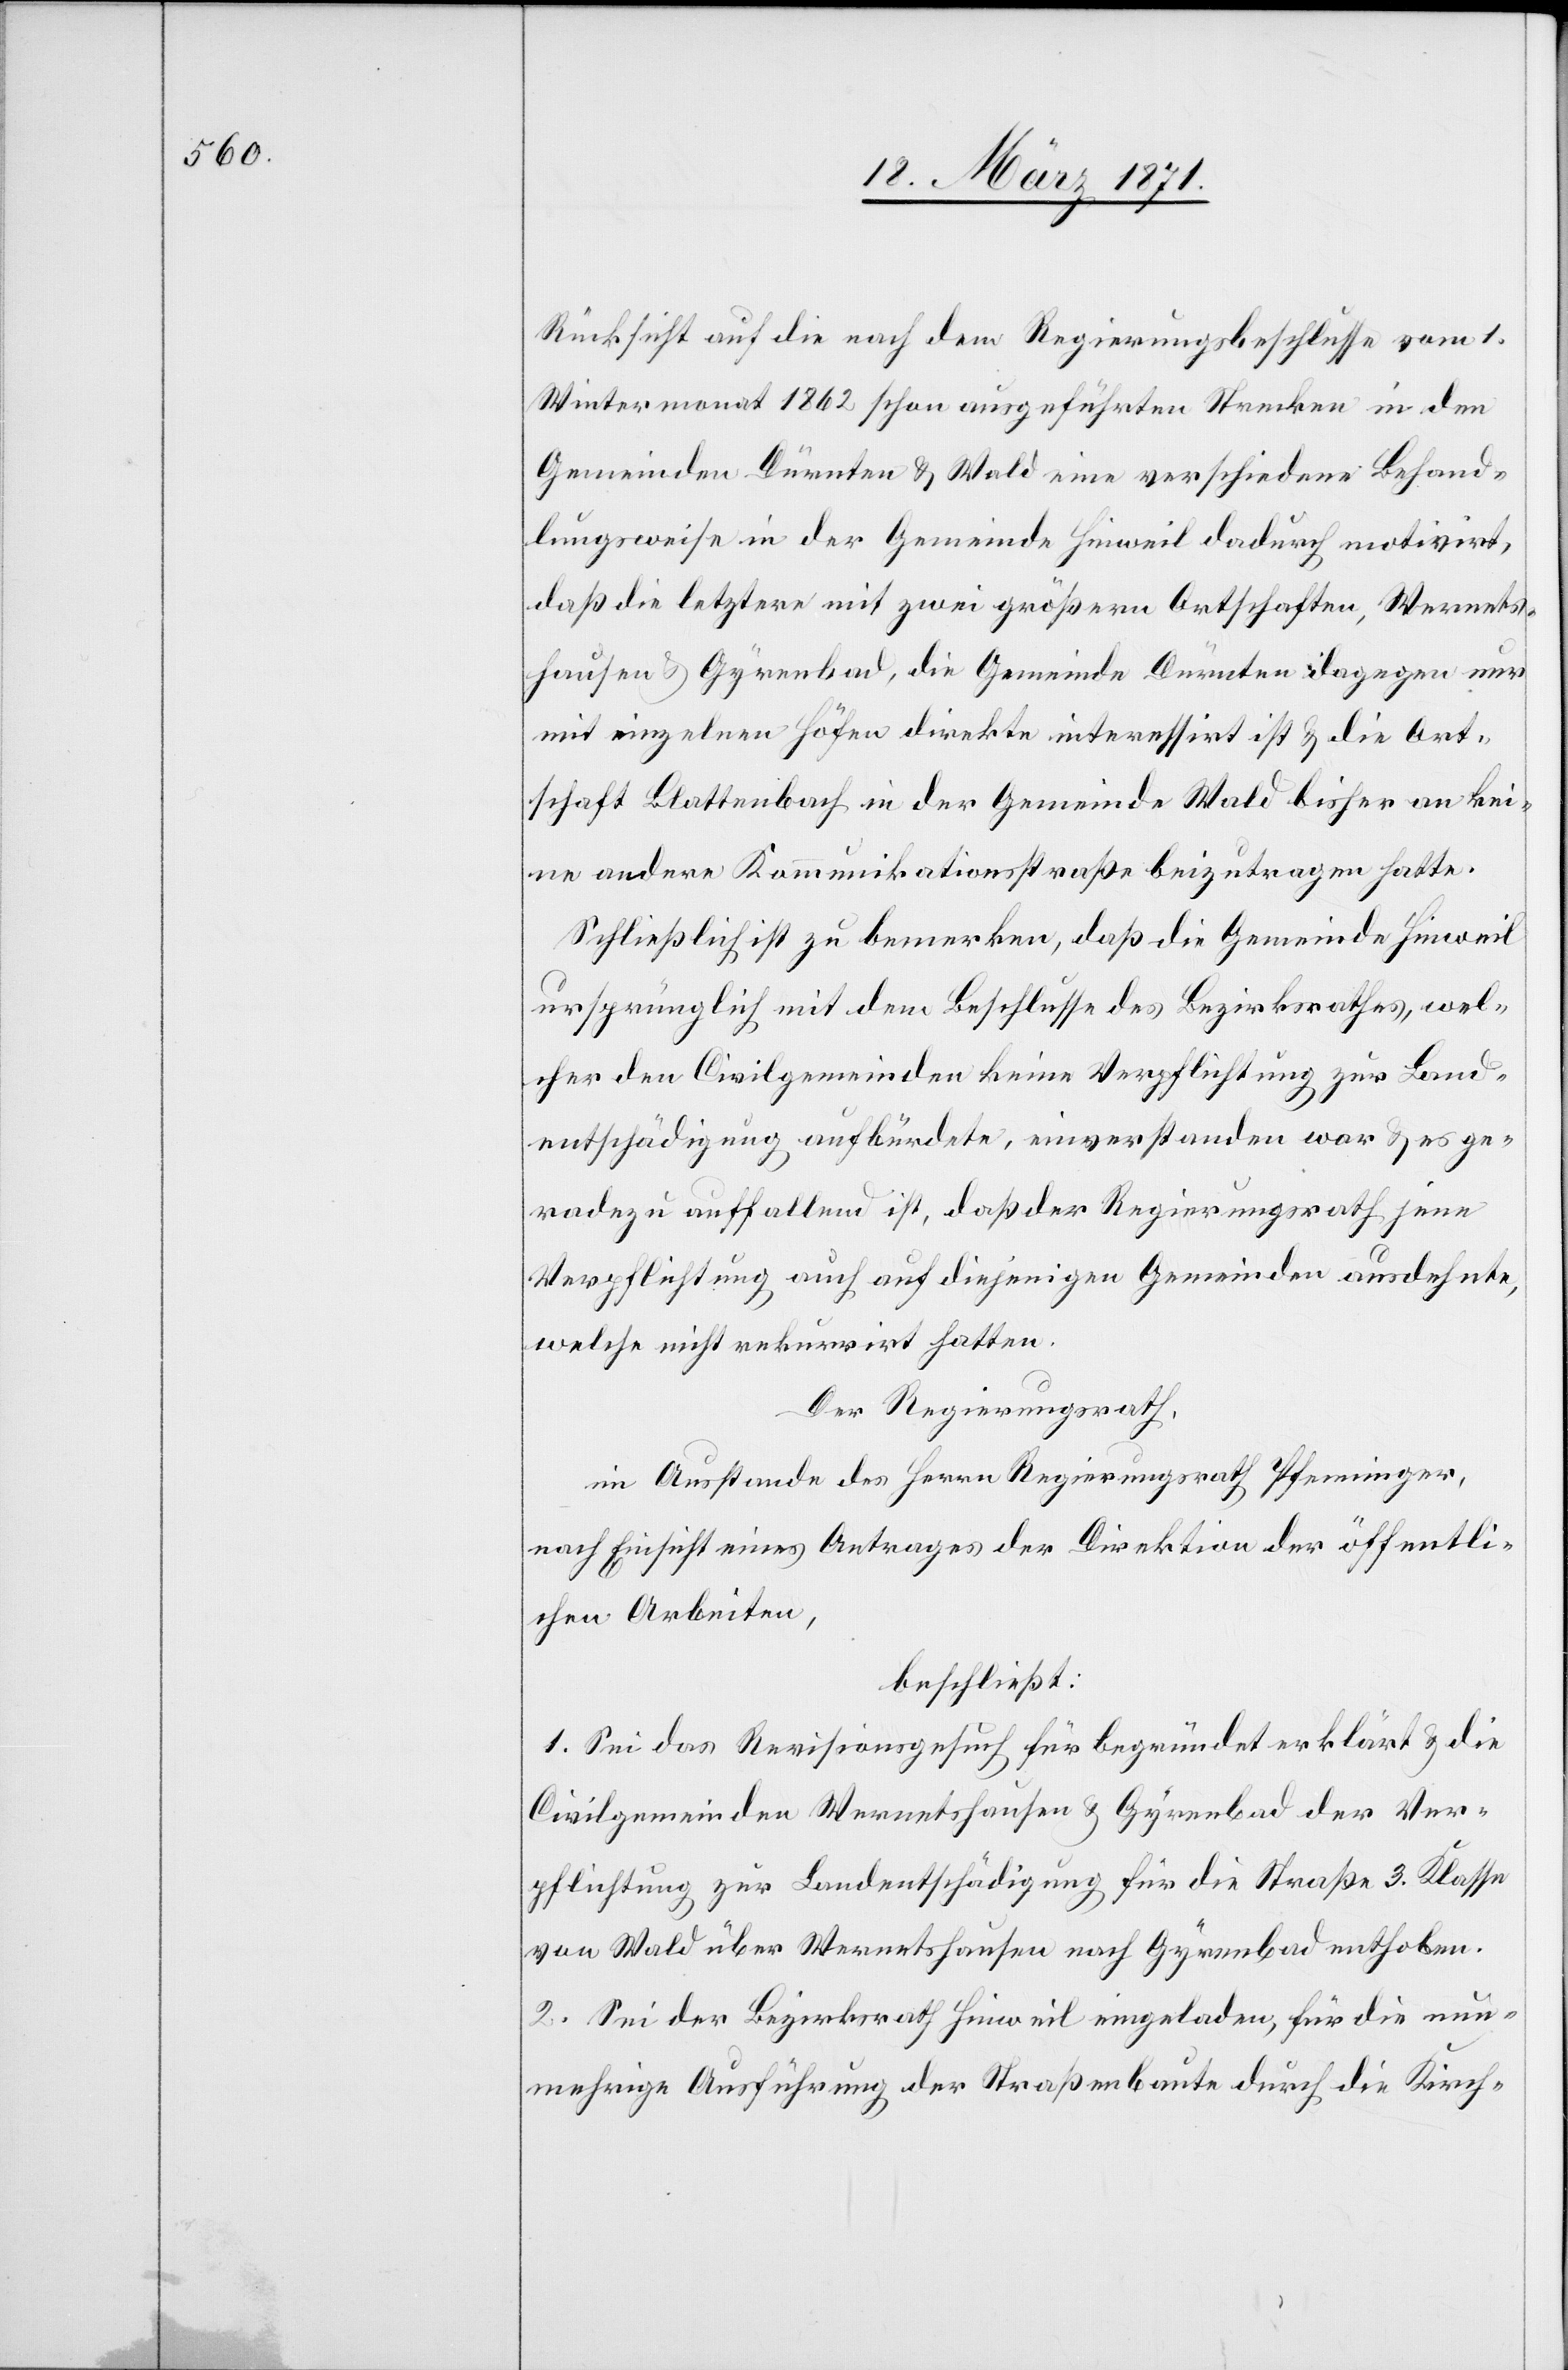
Rücksicht auf die nach dem Regierungsbeschlusse vom 1.
Wintermonat 1862 schon ausgeführten Strecken in den
Gemeinden Dürnten u. Wald eine verschiedene Behand¬
lungsweise in der Gemeinde Hinweil dadurch motivirt,
daß die letztere mit zwei größern Ortschaften, Wernets¬
hausen u. Gyrenbad, die Gemeinde Dürnten dagegen nur
mit einzelnen Höfen direkte interessirt ist u. die Ort¬
schaft Blattenbach in der Gemeinde Wald bisher an kei¬
ne andere Kommunikationstraße beizutragen hatte.
Schließlich ist zu bemerken, daß die Gemeinde Hinweil
ursprünglich mit dem Beschlusse des Bezirksrathes, wel¬
cher den Civilgemeinden keine Verpflichtung zur Land¬
entschädigung aufbürdete, einverstanden war u. es ge¬
radezu auffallend ist, daß der Regierungsrath jene
Verpflichtung auch auf diejenigen Gemeinden ausdehnte,
welche nicht rekurrirt hatten.
Der Regierungsrath,
im Ausstande des Herrn Regierungsrath Pfenninger,
nach Einsicht eines Antrages der Direktion der öffentli¬
chen Arbeiten,
beschließt:
1. Sei das Revisionsgesuch für begründet erklärt u. die
Civilgemeinden Wernetshausen u. Gyrenbad der Ver¬
pflichtung zur Landentschädigung für die Straße 3. Klasse
von Wald über Wernetshausen nach Gyrenbad enthoben.
2. Sei der Bezirksrath Hinweil eingeladen, für die nun¬
mehrige Ausführung der Straßenbaute durch die Kirch-